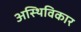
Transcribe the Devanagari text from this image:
अस्थिविकार